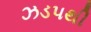
ઝડ૫થી